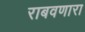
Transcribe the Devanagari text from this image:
राबवणारा